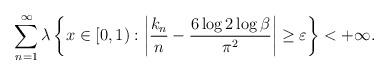
LaTeX: \begin{align*}\sum\limits_{n=1}^\infty \lambda\left\{x \in [0,1): \left|\frac{k_n}{n}- \frac{6\log2\log\beta}{\pi^2}\right| \geq \varepsilon\right\} < + \infty.\end{align*}